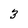
Character: 3